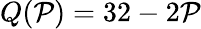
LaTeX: Q(\mathcal{P})=32-2\mathcal{P}